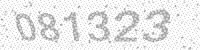
Solution: 081323